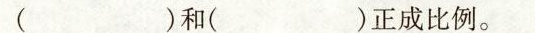
( )和( )正成比例。